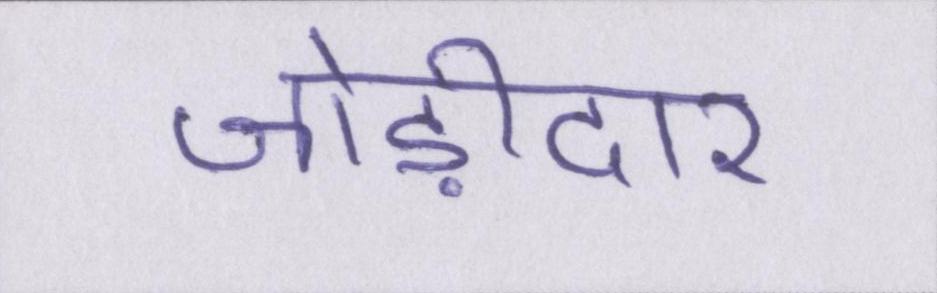
जोड़ीदार